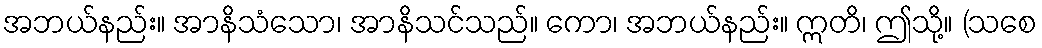
အဘယ်နည်း။ အာနိသံသော၊ အာနိသင်သည်။ ကော၊ အဘယ်နည်း။ ဣတိ၊ ဤသို့။ (သစေ